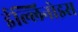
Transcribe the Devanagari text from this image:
ईल्लिनोइस